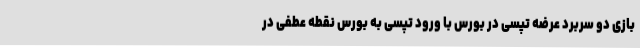
بازی دو سربرد عرضه تپسی در بورس با ورود تپسی به بورس نقطه عطفی در